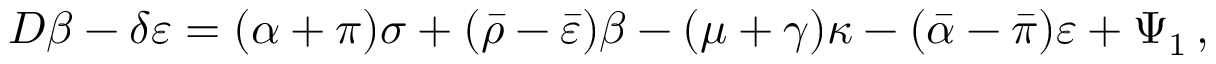
D \beta - \delta \varepsilon = ( \alpha + \pi ) \sigma + ( { \bar { \rho } } - { \bar { \varepsilon } } ) \beta - ( \mu + \gamma ) \kappa - ( { \bar { \alpha } } - { \bar { \pi } } ) \varepsilon + \Psi _ { 1 } \, ,